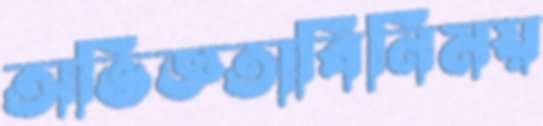
অভিজ্ঞতাবিনিময়